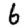
Digit: 6